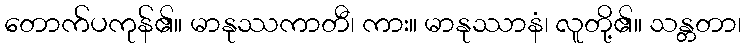
တောက်ပကုန်၏။ မာနုဿကာတီ၊ ကား။ မာနုဿာနံ၊ လူတို့၏။ သန္တတာ၊